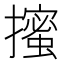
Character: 𭢼